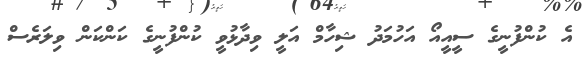
އެ ކުންފުނީގެ ސީއީއޯ އަހުމަދު ޝިހާމް އަލީ ވިދާޅުވީ ކުންފުނީގެ ކަންކަން ވިލަރެސް